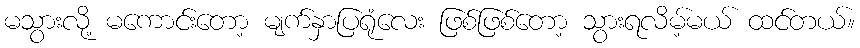
မသွားလို့ မကောင်းတော့ မျက်နှာပြရုံလေး ဖြစ်ဖြစ်တော့ သွားရလိမ့်မယ် ထင်တယ်။